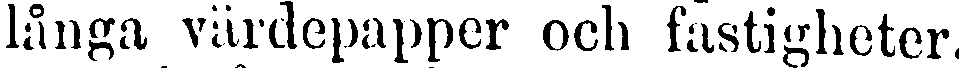
långa värdepapper och fastigheter.